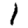
Digit: 1